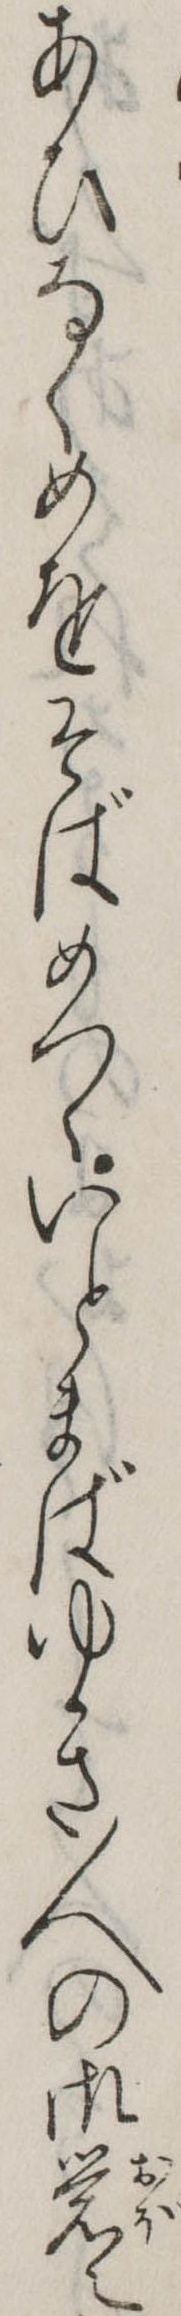
あひなくめをそばめつゝいとまばゆき人の御覚え